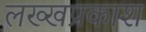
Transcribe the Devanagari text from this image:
लख्खप्रकाश